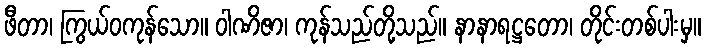
ဖီတာ၊ ကြွယ်ဝကုန်သော။ ဝါဏိဇာ၊ ကုန်သည်တို့သည်။ နာနာရဋ္ဌတော၊ တိုင်းတစ်ပါးမှ။